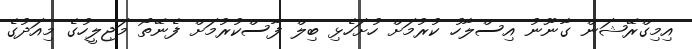
އިމިގްރޭޝަން ގާނޫނު އިސްލާހު ކުރުމަށް ހުށަހެޅި ބިލް ފާސްކުރުމަށް ފެނޭތޯ މަޖިލީހުގެ މިއަދުގެ